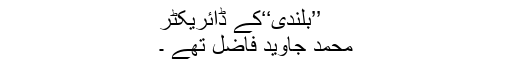
’’بلندی‘‘کے ڈائریکٹر
محمد جاوید فاضل تھے ۔